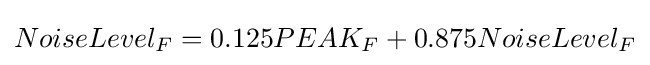
NoiseLevel_{F}=0.125PEAK_{F}+0.875NoiseLevel_{F}